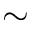
\sim